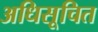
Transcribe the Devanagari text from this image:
अधिसूचित